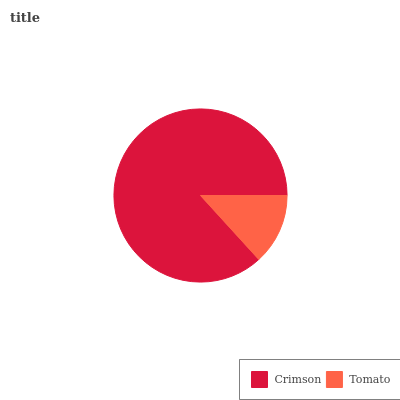
| Crimson | Tomato |
 | --- | --- |
 | 86.8% | 13.2% |